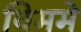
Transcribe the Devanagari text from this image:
विममे